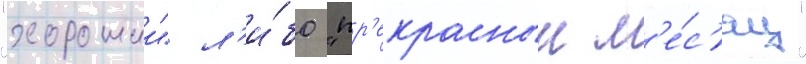
"хорошии" л'и́бо "пр'екрасныи м'е́с'яц"